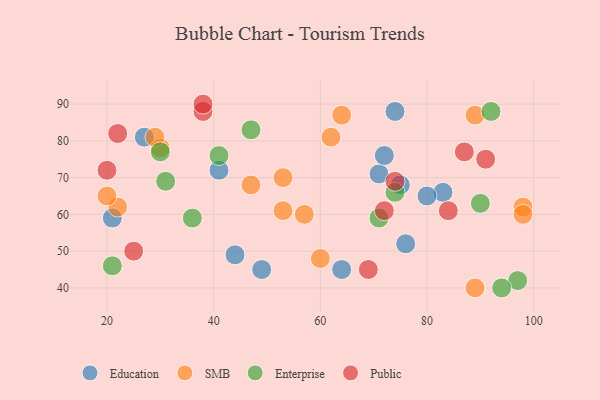
{"axis": {"x": "GDP", "y": "Life Expectancy"}, "legend": ["Education", "Enterprise", "Public", "SMB"], "data": [{"x": "44", "y": 49, "type": "Education"}, {"x": "75", "y": 68, "type": "Education"}, {"x": "64", "y": 45, "type": "Education"}, {"x": "71", "y": 71, "type": "Education"}, {"x": "76", "y": 52, "type": "Education"}, {"x": "74", "y": 88, "type": "Education"}, {"x": "83", "y": 66, "type": "Education"}, {"x": "27", "y": 81, "type": "Education"}, {"x": "21", "y": 59, "type": "Education"}, {"x": "80", "y": 65, "type": "Education"}, {"x": "41", "y": 72, "type": "Education"}, {"x": "72", "y": 76, "type": "Education"}, {"x": "49", "y": 45, "type": "Education"}, {"x": "47", "y": 68, "type": "SMB"}, {"x": "57", "y": 60, "type": "SMB"}, {"x": "60", "y": 48, "type": "SMB"}, {"x": "98", "y": 62, "type": "SMB"}, {"x": "89", "y": 40, "type": "SMB"}, {"x": "30", "y": 78, "type": "SMB"}, {"x": "62", "y": 81, "type": "SMB"}, {"x": "22", "y": 62, "type": "SMB"}, {"x": "20", "y": 65, "type": "SMB"}, {"x": "64", "y": 87, "type": "SMB"}, {"x": "89", "y": 87, "type": "SMB"}, {"x": "53", "y": 61, "type": "SMB"}, {"x": "98", "y": 60, "type": "SMB"}, {"x": "29", "y": 81, "type": "SMB"}, {"x": "53", "y": 70, "type": "SMB"}, {"x": "71", "y": 59, "type": "Enterprise"}, {"x": "90", "y": 63, "type": "Enterprise"}, {"x": "97", "y": 42, "type": "Enterprise"}, {"x": "94", "y": 40, "type": "Enterprise"}, {"x": "36", "y": 59, "type": "Enterprise"}, {"x": "30", "y": 77, "type": "Enterprise"}, {"x": "31", "y": 69, "type": "Enterprise"}, {"x": "74", "y": 66, "type": "Enterprise"}, {"x": "21", "y": 46, "type": "Enterprise"}, {"x": "41", "y": 76, "type": "Enterprise"}, {"x": "47", "y": 83, "type": "Enterprise"}, {"x": "92", "y": 88, "type": "Enterprise"}, {"x": "38", "y": 88, "type": "Public"}, {"x": "69", "y": 45, "type": "Public"}, {"x": "38", "y": 90, "type": "Public"}, {"x": "74", "y": 69, "type": "Public"}, {"x": "91", "y": 75, "type": "Public"}, {"x": "87", "y": 77, "type": "Public"}, {"x": "72", "y": 61, "type": "Public"}, {"x": "22", "y": 82, "type": "Public"}, {"x": "25", "y": 50, "type": "Public"}, {"x": "20", "y": 72, "type": "Public"}, {"x": "84", "y": 61, "type": "Public"}]}